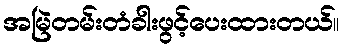
အမြဲတမ်းတံခါးဖွင့်ပေးထားတယ်။